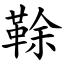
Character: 䩣